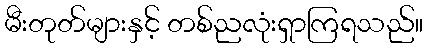
မီးတုတ်များနှင့် တစ်ညလုံးရှာကြရသည်။